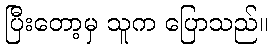
ပြီးတော့မှ သူက ပြောသည်။